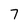
Character: 7